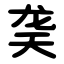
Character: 䶮